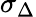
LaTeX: \sigma_{\Delta}